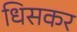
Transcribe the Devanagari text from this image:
धिसकर